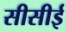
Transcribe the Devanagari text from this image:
सीसीई